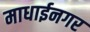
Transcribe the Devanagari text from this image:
माधाईनगर